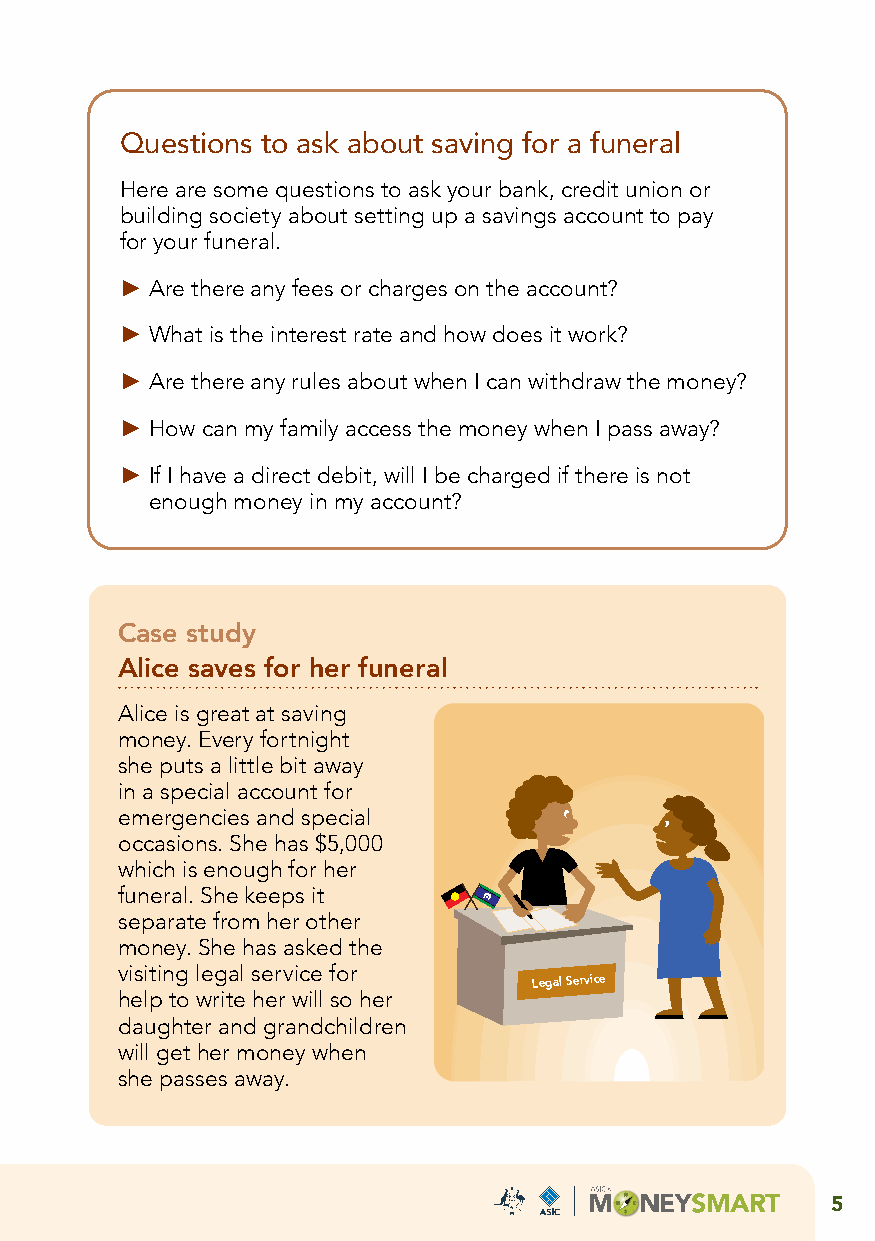
Questions to ask about saving for a funeral
 Here are some questions to ask your bank, credit union or
 building society about setting up a savings account to pay
 for your funeral.
 ► Are there any fees or charges on the account?
 ► What is the interest rate and how does it work?
 ► Are there any rules about when I can withdraw the money?
 ► How can my family access the money when I pass away?
 ► If I have a direct debit, will I be charged if there is not
 enough money in my account?
 Case study
 Alice saves for her funeral
 Alice is great at saving
 money. Every fortnight
 she puts a little bit away
 in a special account for
 emergencies and special
 occasions. She has $5,000
 which is enough for her
 funeral. She keeps it
 separate from her other
 money. She has asked the
 visiting legal service for
 Legal Service
 help to write her will so her
 daughter and grandchildren
 will get her money when
 she passes away.
 5